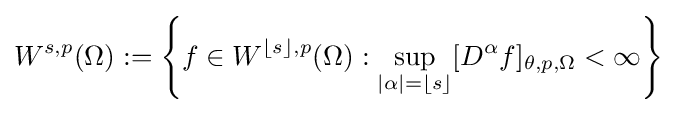
W^{s,p}(\Omega ):=\left\{f\in W^{\lfloor s\rfloor ,p}(\Omega ):\sup _{|\alpha |=\lfloor s\rfloor }[D^{\alpha }f]_{\theta ,p,\Omega }<\infty \right\}